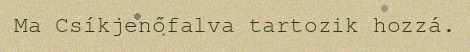
Ma Csíkjenőfalva tartozik hozzá.